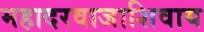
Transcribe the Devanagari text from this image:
महादरवाजाशिवाय